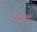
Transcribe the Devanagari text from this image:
मुग्गुलु